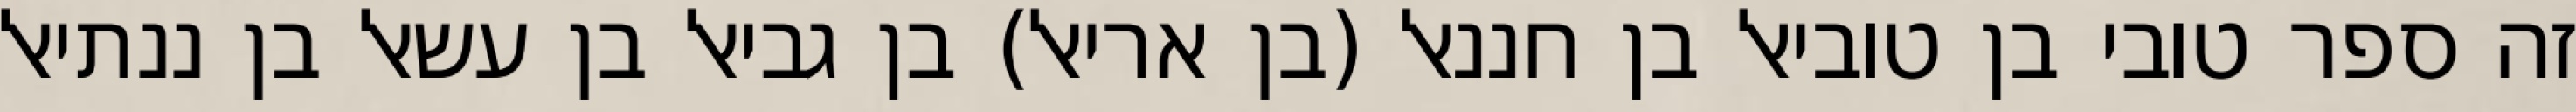
זה ספר טובי בן טוביאל בן חננאל (בן אריאל) בן גביאל בן עשאל בן ננתיאל